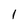
Character: l